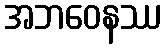
အဘဝေနဿ